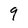
Character: 9